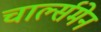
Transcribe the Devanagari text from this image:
चार्ल्समेन